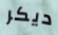
ديكر